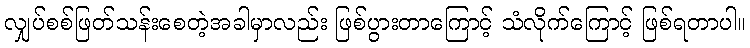
လျှပ်စစ်ဖြတ်သန်းစေတဲ့အခါမှာလည်း ဖြစ်ပွားတာကြောင့် သံလိုက်ကြောင့် ဖြစ်ရတာပါ။